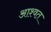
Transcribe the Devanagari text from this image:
आश्वत